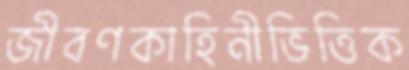
জীবণকাহিনীভিত্তিক